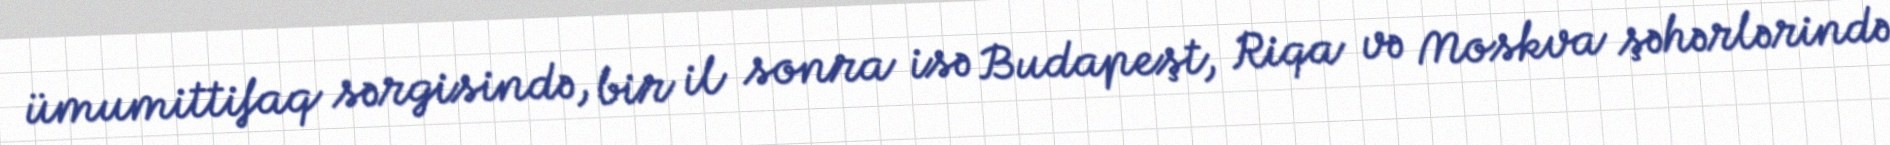
ümumittifaq sərgisində, bir il sonra isə Budapeşt, Riqa və Moskva şəhərlərində